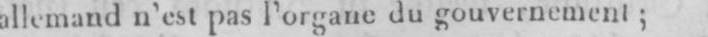
allemand n’est pas l’organe du gouvernement;